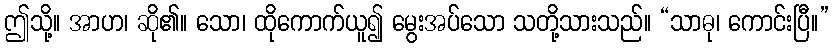
ဤသို့။ အာဟ၊ ဆို၏။ သော၊ ထိုကောက်ယူ၍ မွေးအပ်သော သတို့သားသည်။ “သာဓု၊ ကောင်းပြီ။”